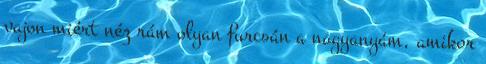
vajon miért néz rám olyan furcsán a nagyanyám, amikor